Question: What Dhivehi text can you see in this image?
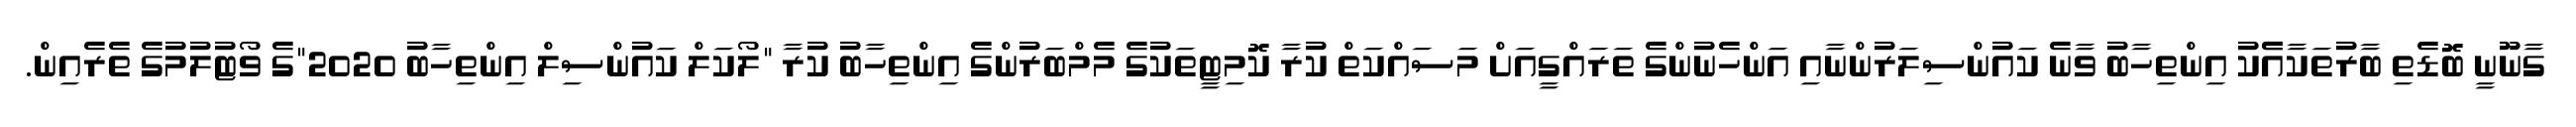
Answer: ގާނޫނީ ބޮޑެތި ބާރުތަކާއެެކު އިންތިހާބު ވާނެ ކައުންސިލަރުންނާއި އަންހެނުންގެ ތަރައްގީއަށް މަސައްކަތް ކުރާ ކޮމިޓީތަކުގެ މެމްބަރުންގެ އިންތިހާބު ކުރާ "ލޯކަލް ކައުންސިލް އިންތިހާބު 2020"ގެ ވޯޓުލުމުގެ ތެރެއިން.